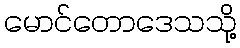
မောင်တောဒေသသို့